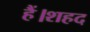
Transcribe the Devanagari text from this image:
हैं।शहद